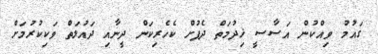
ގައުމު ވިއްކުން އަސާސީ ޚިދުމަތް ދެފުށް ކެހެރިކަން ދީނާއި ދައުލަތް ވަކިކުރުމަށް